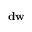
\mathbf { d w }